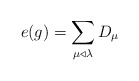
\begin{align*} e(g)=\sum_{\mu \triangleleft \lambda} D_{\mu} \end{align*}